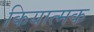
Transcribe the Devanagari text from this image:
कियात्मक